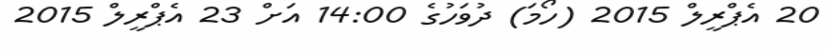
20 އެޕްރީލް 2015 (ހޯމަ) ދުވަހުގެ 14:00 އަށް 23 އެޕްރީލް 2015